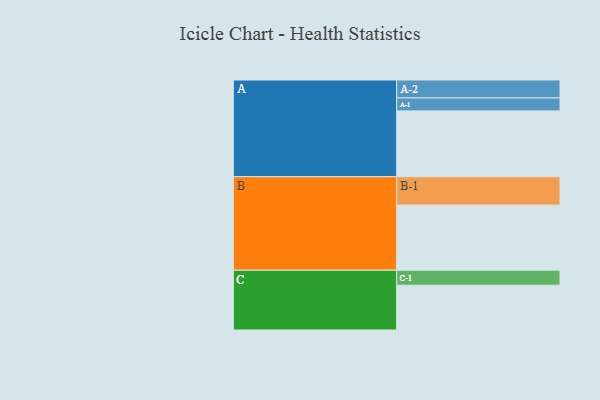
{"axis": {"x": "Segment", "y": "Value"}, "legend": ["", "A", "B", "C"], "data": [{"x": "A", "y": 492, "type": ""}, {"x": "B", "y": 487, "type": ""}, {"x": "C", "y": 335, "type": ""}, {"x": "A-1", "y": 97, "type": "A"}, {"x": "A-2", "y": 134, "type": "A"}, {"x": "B-1", "y": 212, "type": "B"}, {"x": "C-1", "y": 112, "type": "C"}]}